Report on vaccination in the Province of Bengal - 1869-1873
Year: 1869
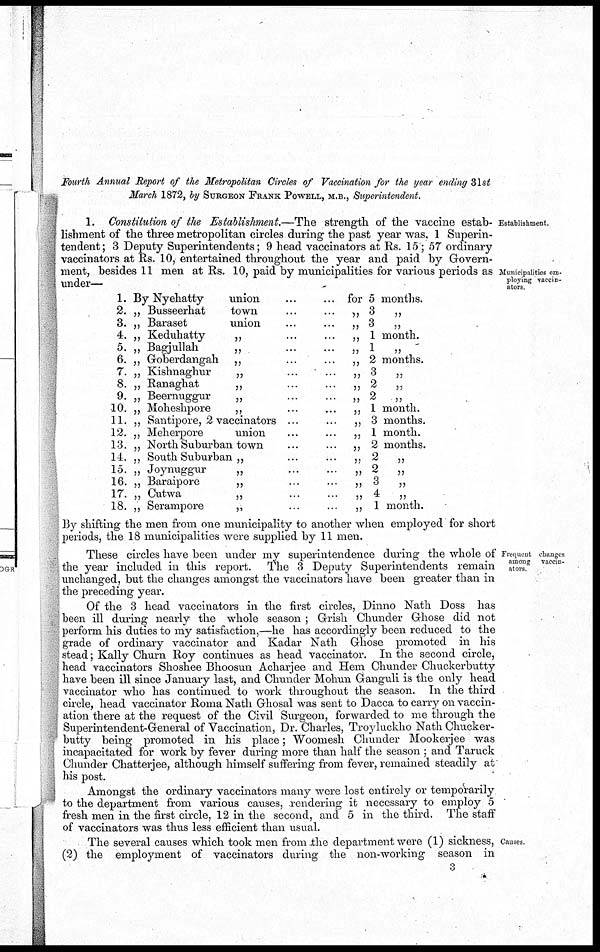
Fourth Annual Report of the Metropolitan Circles of Vaccination for the year ending 31st
March 1872, by SURGEON FRANK POWELL, M.B., Superintendent.
Establishment.
Municipalities em-
ploying vaccin-
ators
1. Constitution of the Establishment.—The strength of the vaccine estab-
lishment of the three metropolitan circles during the past year was 1 Superin-
tendent; 3 Deputy Superintendents; 9 head vaccinators at Rs. 15; 57 ordinary
vaccinators at Rs. 10, entertained throughout the year and paid by Govern-
ment, besides 11 men at Rs. 10, paid by municipalities for various periods as
under—
1.
2.
3.
4.
5.
6.
7.
8.
9.
10.
11.
12.
13.
14.
15.
16.
17.
18.
By Nyehatty
union
„ Busseerhat
town
„ Baraset
union
„ Keduhatty
„
„ Bagjullah
„
„ Goberdangah „
„ Kishnaghur
„
„ Ranaghat
„
„ Beernuggur
„
„ Moheshpore
„
„ Santipore, 2 vaccinators ...
„ Meherpore
union
„ North Suburban town
„ South Suburban „
„ Joynuggur
„
„ Baraipore
„
„ Cutwa
„
„ Serampore
„
for 5 months.
„
3
„
„ 3
„
„ 1 month.
„ 1 „
„ 2 months.
„ 3
„
„
2
„
„ 2
„
„ 1 month.
„ 3 months.
„ 1 month.
„ 2 months.
„
2
„
„ 2
„
„
3
„
„ 4
„
„ 1 month.
By shifting the men from one municipality to another when employed for short
periods, the 18 municipalities were supplied by 11 men.
Frequent changes
among vaccin-
ators
These circles have been under my superintendence during the whole of
the year included in this report. The 3 Deputy Superintendents remain
unchanged, but the changes amongst the vaccinators have been greater than in
the preceding year.
Of the 3 head vaccinators in the first circles, Dinno Nath Doss has
been ill during nearly the whole season ; Grish Chunder Ghose did not
perform his duties to my satisfaction,—he has accordingly been reduced to the
grade of ordinary vaccinator and Kadar Nath Ghose promoted in his
stead; Kally Churn Roy continues as head vaccinator. In the second circle,
head vaccinators Shoshee Bhoosun Acharjee and Hem Chunder Chuckerbutty
have been ill since January last, and Chunder Mohun Ganguli is the only head
vaccinator who has continued to work throughout the season. In the third
circle, head vaccinator Roma Nath Ghosal was sent to Dacca to carry on vaccin-
ation there at the request of the Civil Surgeon, forwarded to me through the
Superintendent-General of Vaccination, Dr. Charles, Troyluckho Nath Chucker-
butty being promoted in his place; Woomesh Chunder Mookerjee was
incapacitated for work by fever during more than half the season ; and Taruck
Chunder Chatterjee, although himself suffering from fever, remained steadily at
his post.
Amongst the ordinary vaccinators many were lost entirely or temporarily
to the department from various causes, rendering it necessary to employ 5
fresh men in the first circle, 12 in the second, and 5 in the third. The staff
of vaccinators was thus less efficient than usual.
Causes.
The several causes which took men from the department were (1) sickness,
(2) the employment of vaccinators during the non-working season in
3